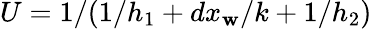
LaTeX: U=1/(1/h_{1}+dx_{\mathbf{w}}/k+1/h_{2})